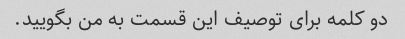
دو کلمه برای توصیف این قسمت به من بگویید.